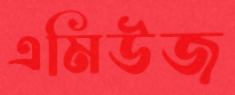
এমিউজ